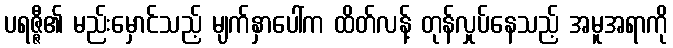
ပရဇ္ဇီ၏ မည်းမှောင်သည့် မျက်နှာပေါ်က ထိတ်လန့် တုန်လှုပ်နေသည့် အမူအရာကို